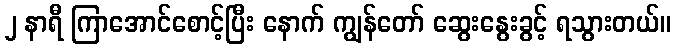
၂ နာရီ ကြာအောင်စောင့်ပြီး နောက် ကျွန်တော် ဆွေးနွေးခွင့် ရသွားတယ်။